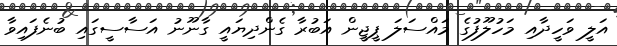
އަލީ ވަހީދާއި މަހުލޫފުގެ މައްސަލަ ޕީޖީން އަބުރާ ގެންދިޔައީ ގާނޫނު އަސާސީގައި ބުނެފައިވާ